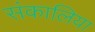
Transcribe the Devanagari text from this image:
संकालिया